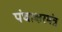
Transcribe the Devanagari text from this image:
पंचाक्षरमंत्र